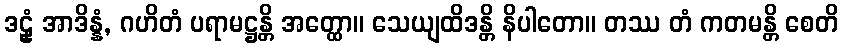
ဒဠှံ အာဒိန္နံ, ဂဟိတံ ပရာမဋ္ဌန္တိ အတ္ထော။ သေယျထိဒန္တိ နိပါတော။ တဿ တံ ကတမန္တိ စေတိ